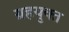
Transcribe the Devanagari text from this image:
ग्रहयुक्त